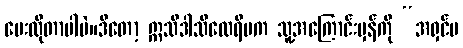
မေးလိုတာပါပဲ။ဒီတော့ ဣသိဒါသီထေရီမက သူ့အကြောင်းမှန်ကို “အရှင်မ